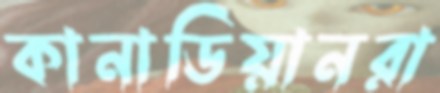
কানাডিয়ানরা